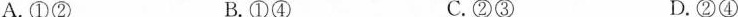
A.①② B.①④ C.②③ D.②④